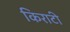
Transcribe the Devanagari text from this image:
किराटी